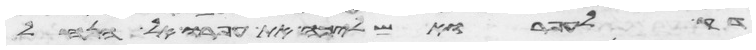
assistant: דק לעפר ואשליכה את עפרו אל הנחל